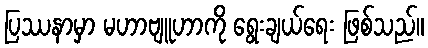
ပြဿနာမှာ မဟာဗျူဟာကို ရွေးချယ်ရေး ဖြစ်သည်။